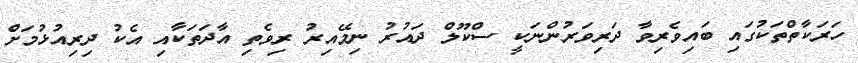
ހަރަކާތްތަކުގައި ބައިވެރިވާ ދަރިވަރުންނަކީ ސްކޫލް ދައުރު ނިމޭއިރު ރިވެތި އާދަތަކާއި އެކު ދިރިއުޅުމަށް